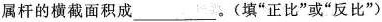
属杆的横截面积成___。(填”正比”或”反比”)